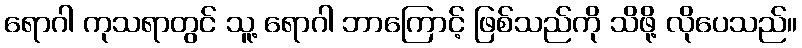
ရောဂါ ကုသရာတွင် သူ့ ရောဂါ ဘာကြောင့် ဖြစ်သည်ကို သိဖို့ လိုပေသည်။